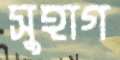
সুহাগ